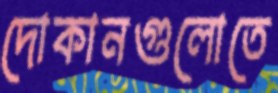
দোকানগুলোতে